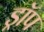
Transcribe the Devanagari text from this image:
ड्राॅप